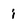
Character: i